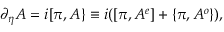
\partial _ { \eta } A = i [ \pi , A \} \equiv i ( [ \pi , A ^ { e } ] + \{ \pi , A ^ { o } \} ) ,